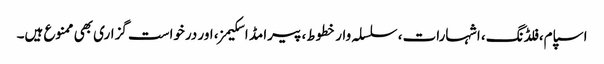
اسپام، فلڈنگ، اشہارات، سلسلہ وار خطوط، پیرامڈ اسکیمز، اور درخواست گزاری بھی ممنوع ہیں۔